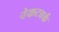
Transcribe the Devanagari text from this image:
नेकटवर्क